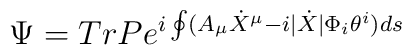
\Psi =TrPe^{i\oint (A_{\mu }\dot{X}^{\mu }-i|\dot{X}|\Phi _{i}\theta ^{i})ds}